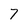
Character: 7